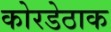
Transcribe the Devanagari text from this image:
कोरडेठाक